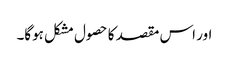
اور اس مقصد کا حصول مشکل ہوگا۔